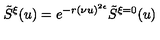
\tilde { S } ^ { \xi } ( u ) = e ^ { - r ( \nu u ) ^ { 2 \epsilon } } \tilde { S } ^ { \xi = 0 } ( u )